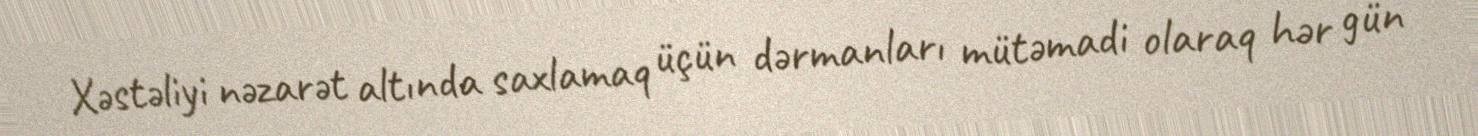
Xəstəliyi nəzarət altında saxlamaq üçün dərmanları mütəmadi olaraq hər gün